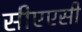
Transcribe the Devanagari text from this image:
सीएएसी